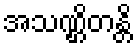
အသဏ္ဌိတန္တိ